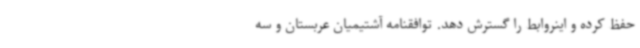
حفظ کرده و اینروابط را گسترش دهد. توافقنامه آشتیمیان عربستان و سه